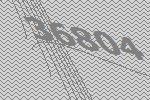
36804